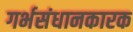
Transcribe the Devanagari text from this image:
गर्भसंधानकारक